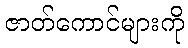
ဇာတ်ကောင်များကို